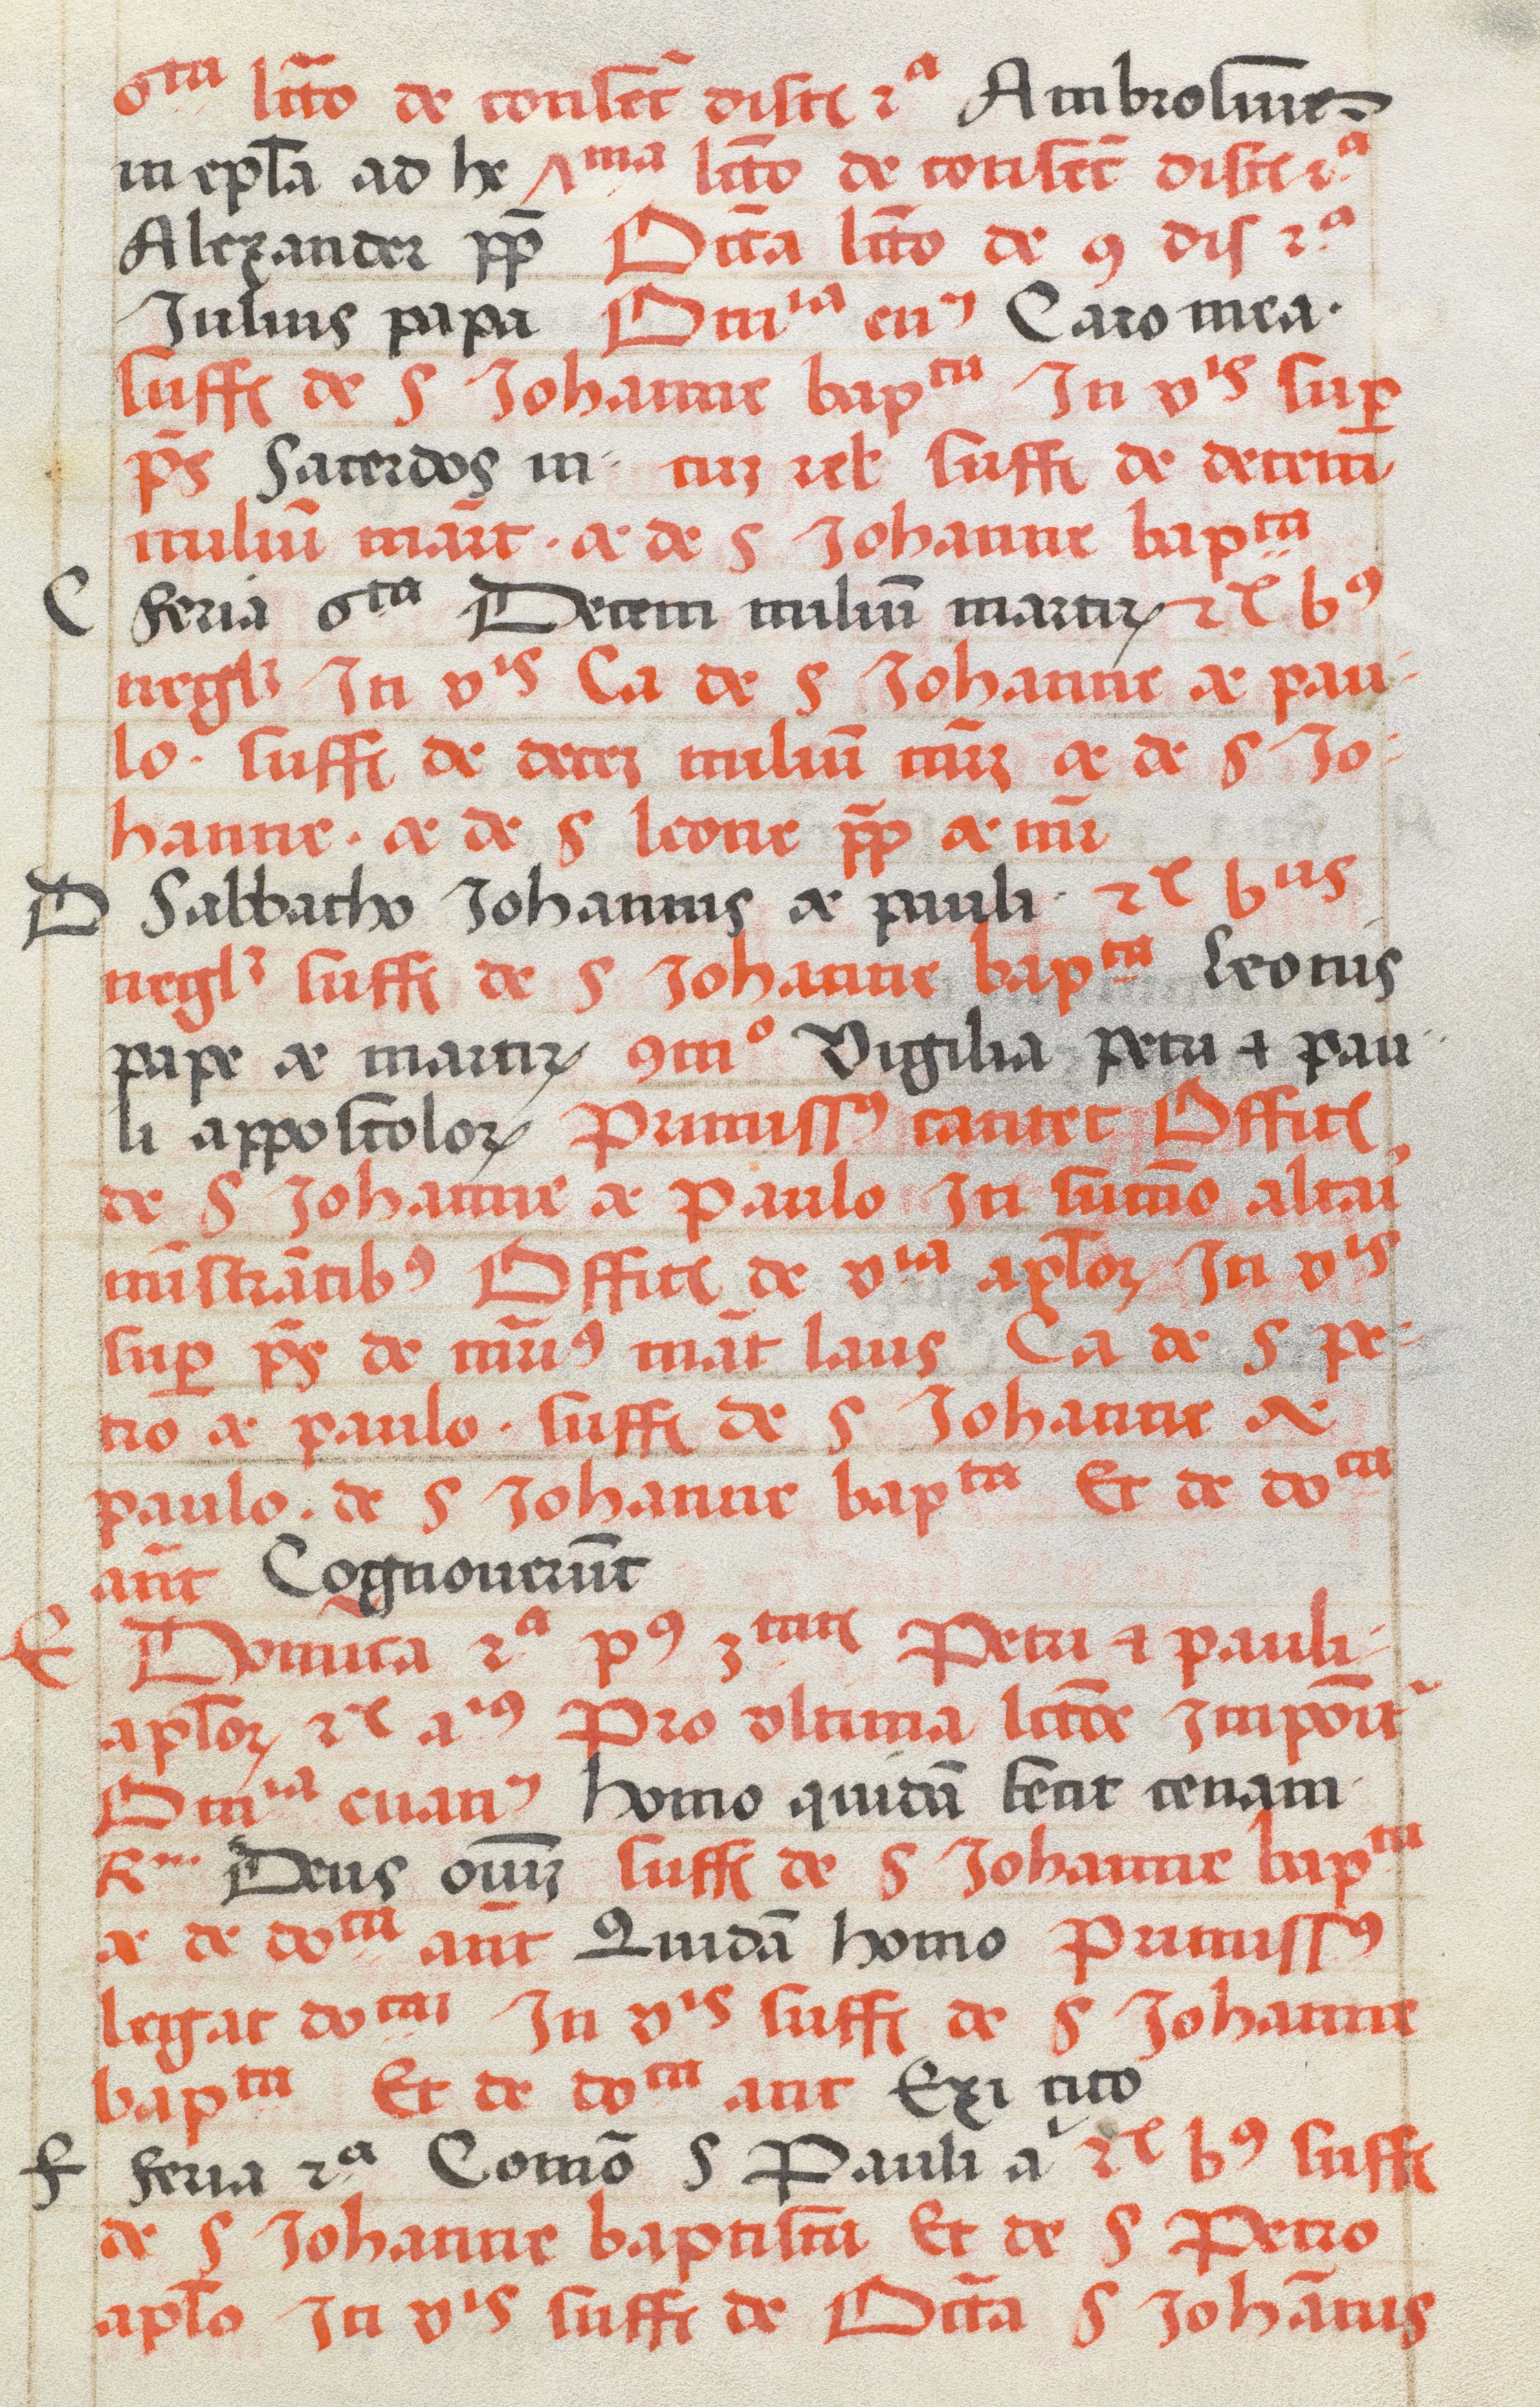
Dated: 1505–1535